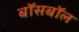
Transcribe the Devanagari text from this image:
बॉसबॉल